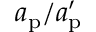
a _ { \mathrm { p } } / a _ { \mathrm { p } } ^ { \prime }